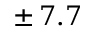
\pm \, 7 . 7